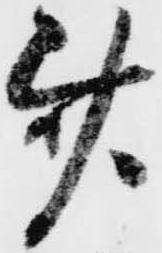
斎